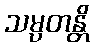
သမ္ပတန္တိ